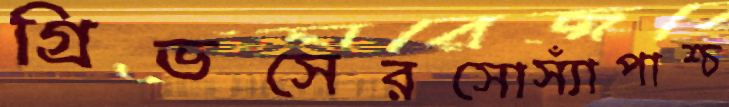
গ্রিভসেরসোস্যাঁপাশ্চ